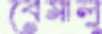
বেমালু